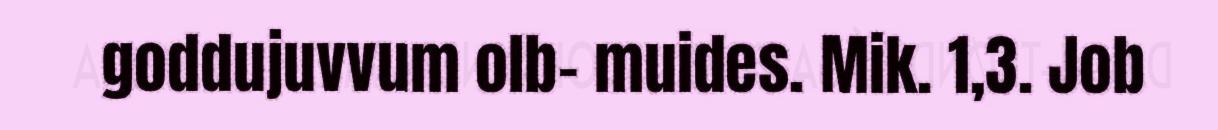
goddujuvvum olb- muides. Mik. 1,3. Job